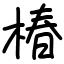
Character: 椿